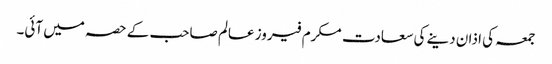
جمعہ کی اذان دینے کی سعادت مکرم فیروز عالم صاحب کے حصہ میں آئی۔